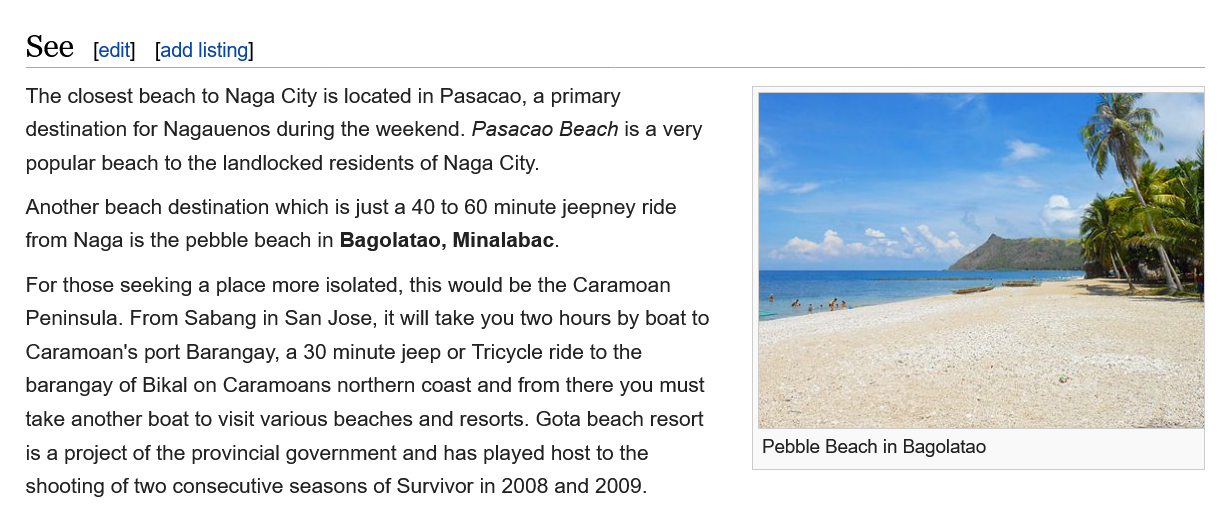
See
   The closest beach to Naga City is located in Pasacao, a primary
   destination for Nagauenos during the weekend. Pasacao Beach is a very
   popular beach to the landlocked residents of Naga City.
   Another beach destination which is just a 40 to 60 minute jeepney ride
   from Naga is the pebble beach in Bagolatao, Minalabac.
   For those seeking a place more isolated, this would be the Caramoan
   Peninsula. From Sabang in San Jose, it will take you two hours by boat to
   Caramoan's port Barangay, a 30 minute jeep or Tricycle ride to the
   barangay of Bikal on Caramoans northern coast and from there you must
   take another boat to visit various beaches and resorts. Gota beach resort
   is a project of the provincial government and has played host to the
   shooting of two consecutive seasons of Survivor in 2008 and 2009.

     ee   ts

     Pebble Beach in Bagolatao
     [edit] [add listing]